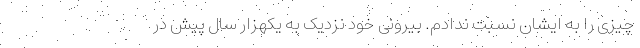
چیزی را به ایشان نسبت ندادم. بیرونی خود نزدیک به یکهزار سال پیش در